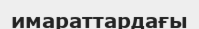
имараттардағы